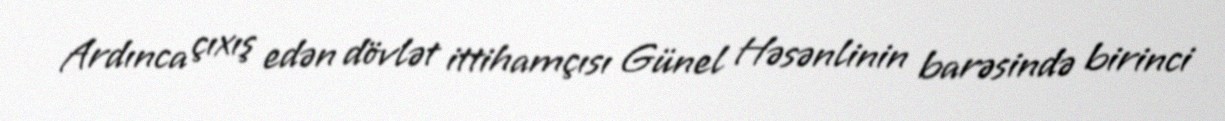
Ardınca çıxış edən dövlət ittihamçısı Günel Həsənlinin barəsində birinci